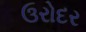
ઉરોદર